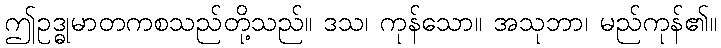
ဤဥဒ္ဓုမာတကစသည်တို့သည်။ ဒသ၊ ကုန်သော။ အသုဘာ၊ မည်ကုန်၏။